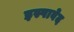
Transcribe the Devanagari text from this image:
इस्पावेद